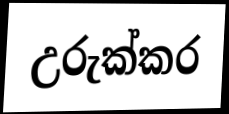
උරුක්කර